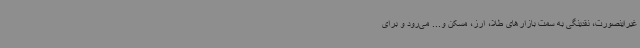
غیراینصورت، نقدینگی به سمت بازارهای طلا، ارز، مسکن و... می‌رود و برای